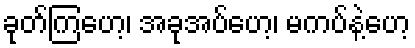
ခုတ်ကြဟေ့၊ အခုအပ်ဟေ့၊ မကပ်နဲ့ဟေ့